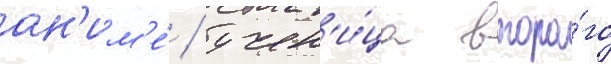
ан'им'е́ / учен'и́ца второ́го